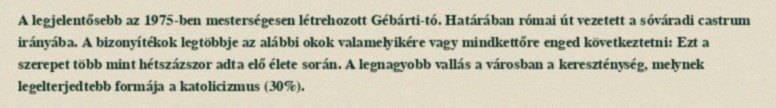
A legjelentősebb az 1975-ben mesterségesen létrehozott Gébárti-tó. Határában római út vezetett a sóváradi castrum irányába. A bizonyítékok legtöbbje az alábbi okok valamelyikére vagy mindkettőre enged következtetni: Ezt a szerepet több mint hétszázszor adta elő élete során. A legnagyobb vallás a városban a kereszténység, melynek legelterjedtebb formája a katolicizmus (30%).